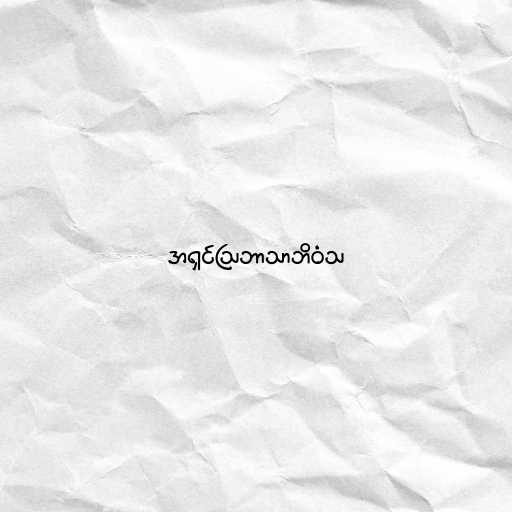
အရှင်သြဘာသာဘိဝံသ